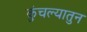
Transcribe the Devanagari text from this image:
कुंचल्यातुन